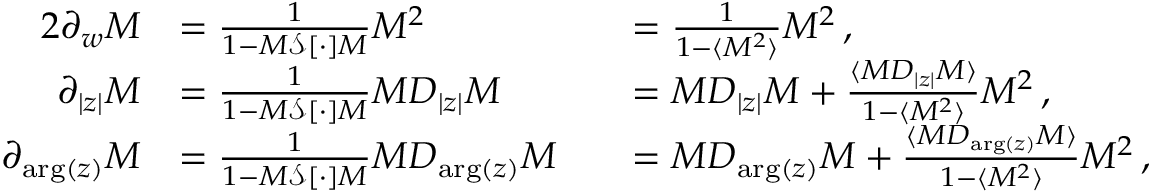
\begin{array} { r l r l } { { 2 } \partial _ { w } M } & { = \frac { 1 } { 1 - M \mathcal { S } [ \cdot ] M } M ^ { 2 } } & & { = \frac { 1 } { 1 - \langle M ^ { 2 } \rangle } M ^ { 2 } \, , } \\ { \partial _ { | z | } M } & { = \frac { 1 } { 1 - M \mathcal { S } [ \cdot ] M } M D _ { | z | } M } & & { = M D _ { | z | } M + \frac { \langle M D _ { | z | } M \rangle } { 1 - \langle M ^ { 2 } \rangle } M ^ { 2 } \, , } \\ { \partial _ { \arg ( z ) } M } & { = \frac { 1 } { 1 - M \mathcal { S } [ \cdot ] M } M D _ { \arg ( z ) } M } & & { = M D _ { \arg ( z ) } M + \frac { \langle M D _ { \arg ( z ) } M \rangle } { 1 - \langle M ^ { 2 } \rangle } M ^ { 2 } \, , } \end{array}